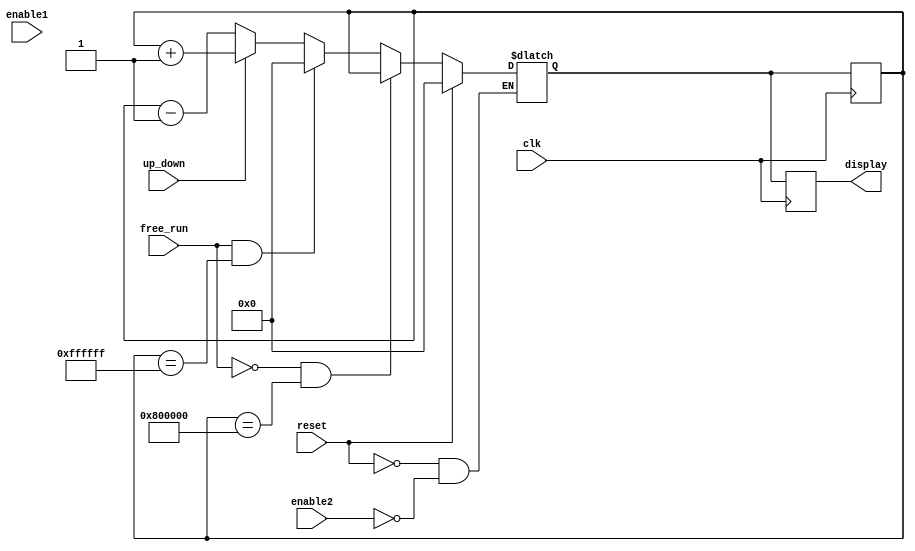
module counter2(
	input wire			reset,
	input wire			enable1,
	input wire			enable2,
	input wire			up_down,
	input wire			free_run,
	input					clk,

	output reg 			[23:0] display

);
	reg					[23:0] count2 = 24'b000000000000000000000000;
	reg					[23:0] count2_c = 24'b000000000000000000000000;
	
	


always @(enable2 or reset) begin
	if (enable2 == 1'b1)begin
		count2_c = count2;
		if (up_down == 1'b1) begin
			count2_c = count2 + 24'b000000000000000000000001;
		end
	
		if (up_down == 1'b0) begin
			count2_c = count2 - 24'b000000000000000000000001;
		end
	
		if (free_run == 1'b1 && count2 == 24'b111111111111111111111111) begin
			count2_c = 24'b000000000000000000000000;
		end	
	
		if (free_run == 1'b0 && count2 == 24'b100000000000000000000000)begin
			count2_c = count2;
		end
	

		//account for all if statements
	end

		if (reset == 1'b1) begin
		count2_c = 24'b000000000000000000000000;	
		end
end

always @(posedge clk) begin
	count2 <= #1 count2_c;
	display <= #1 count2_c;
end
// <= see this in always block posedge, sequential
endmodule